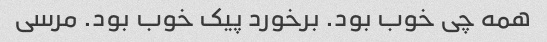
همه چی خوب بود. برخورد پیک خوب بود. مرسی